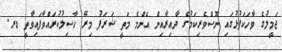
ޖަމީލުގެ ވާހަކަފުޅުގައި ނޫސްވެރިކަމުގެ ދާއިރާއިން އެންމެ މަތީ ޝަރަފު މިރޭ ހާސިލުކުރައްވާފައިވާތީ ޑރ.